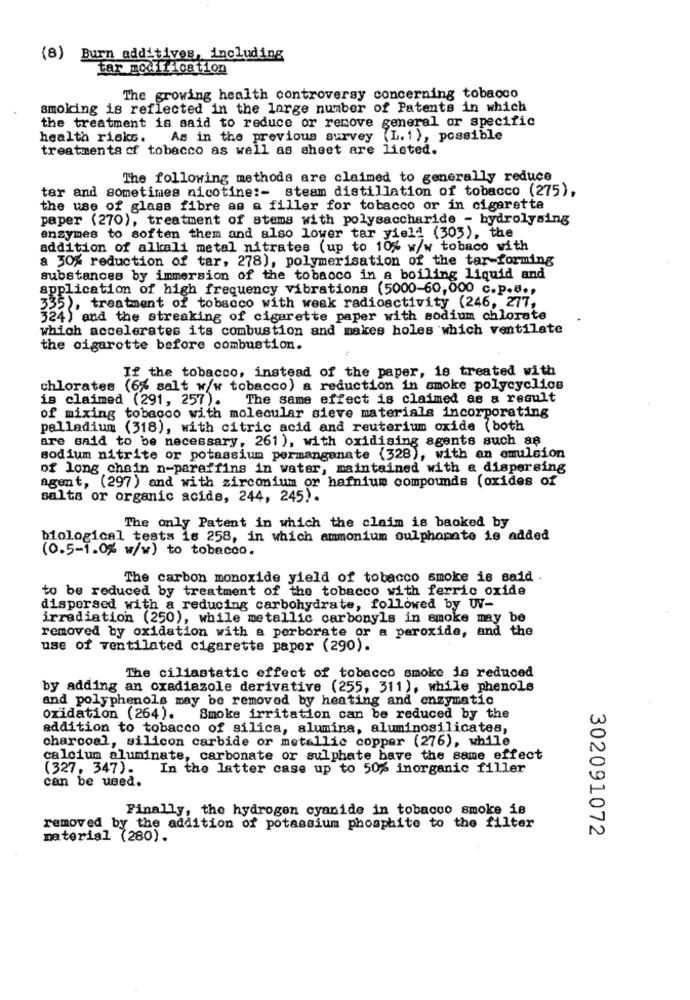
(8) Burn additives, including
tar modification
The growing health controversy concerning tobacco
smoking is reflected in the large number of Patents in which
the treatment is said to reduce or remove general or specific
health risks.
As in the previous survey (L. 1), possible
treatments of tobacco as well as sheet are listed.
The following methods are claimed to generally reduce
tar and sometimes nicotine :- steam distillation of tobacco (275),
the use of glass fibre as a filler for tobacco or in cigarette
paper (270), treatment of stems with polysaccharide - hydrolysing
enzymes to soften them and also lower tar yield (303), the
addition of alkali metal nitrates (up to 10% w/w tobaco with
a 30% reduction of tar, 278), polymerisation of the tar-forming
substances by immersion of the tobacco in a boiling liquid and
application of high frequency vibrations (5000-60,000 c.p.a .,
335), treatment of tobacco with weak radioactivity (246, 277,
324) and the streaking of cigarette paper with sodium chlorate
which accelerates its combustion and makes holes which ventilate
the cigarette before combustion.
If the tobacco, instead of the paper, is treated with
chlorates (6% salt w/w tobacco) a reduction in smoke polycyclics
is claimed (291, 257).
The same effect is claimed as a result
of mixing tobacco with molecular sieve materials incorporating
palladium (318), with citric acid and reuterium oxide ( both
are said to be necessary, 261), with oxidising agents such as
sodium nitrite or potassium permanganate (328), with an emulsion
of long chain n-paraffins in water, maintained with a dispersing
agent, (297) and with zirconium or hafnium compounds (oxides of
salts or organic acids, 244, 245).
The only Patent in which the claim is backed by
biological tests is 258, in which ammonium oulphomato is added
(0.5-1.0% w/w) to tobacco.
The carbon monoxide yield of tobacco smoke is said .
to be reduced by treatment of the tobacco with ferric oxide
dispersed with a reducing carbohydrate, followed by UV-
irradiation (250), while metallic carbonyls in smoke may be
removed by oxidation with a perborate or a peroxide, and the
use of ventilated cigarette paper (290).
The ciliastatic effect of tobacco smoke is reduced
by adding an oxadiazole derivative (255, 311), while phenols
and polyphenols may be removed by heating and enzymatic
oxidation (264).
Smoke irritation can be reduced by the
addition to tobacco of silica, alumina, aluminosilicates,
charcoal, silicon carbide or metallic copper (276), while
calcium aluminate, carbonate or sulphate have the same effect
(327, 347).
In the latter case up to 50% inorganic filler
can be used.
Finally, the hydrogen cyanide in tobacco smoke is
removed by the addition of potassium phosphite to the filter
302091072
material (280).